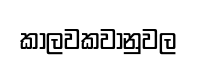
කාලවකවානුවල